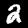
Digit: 2